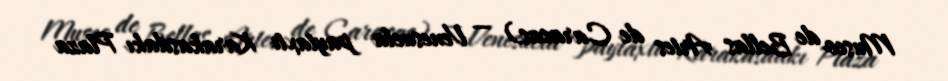
Museo de Bellas Artes de Caracas) — Venesuela paytaxtı Karakasdakı Plaza